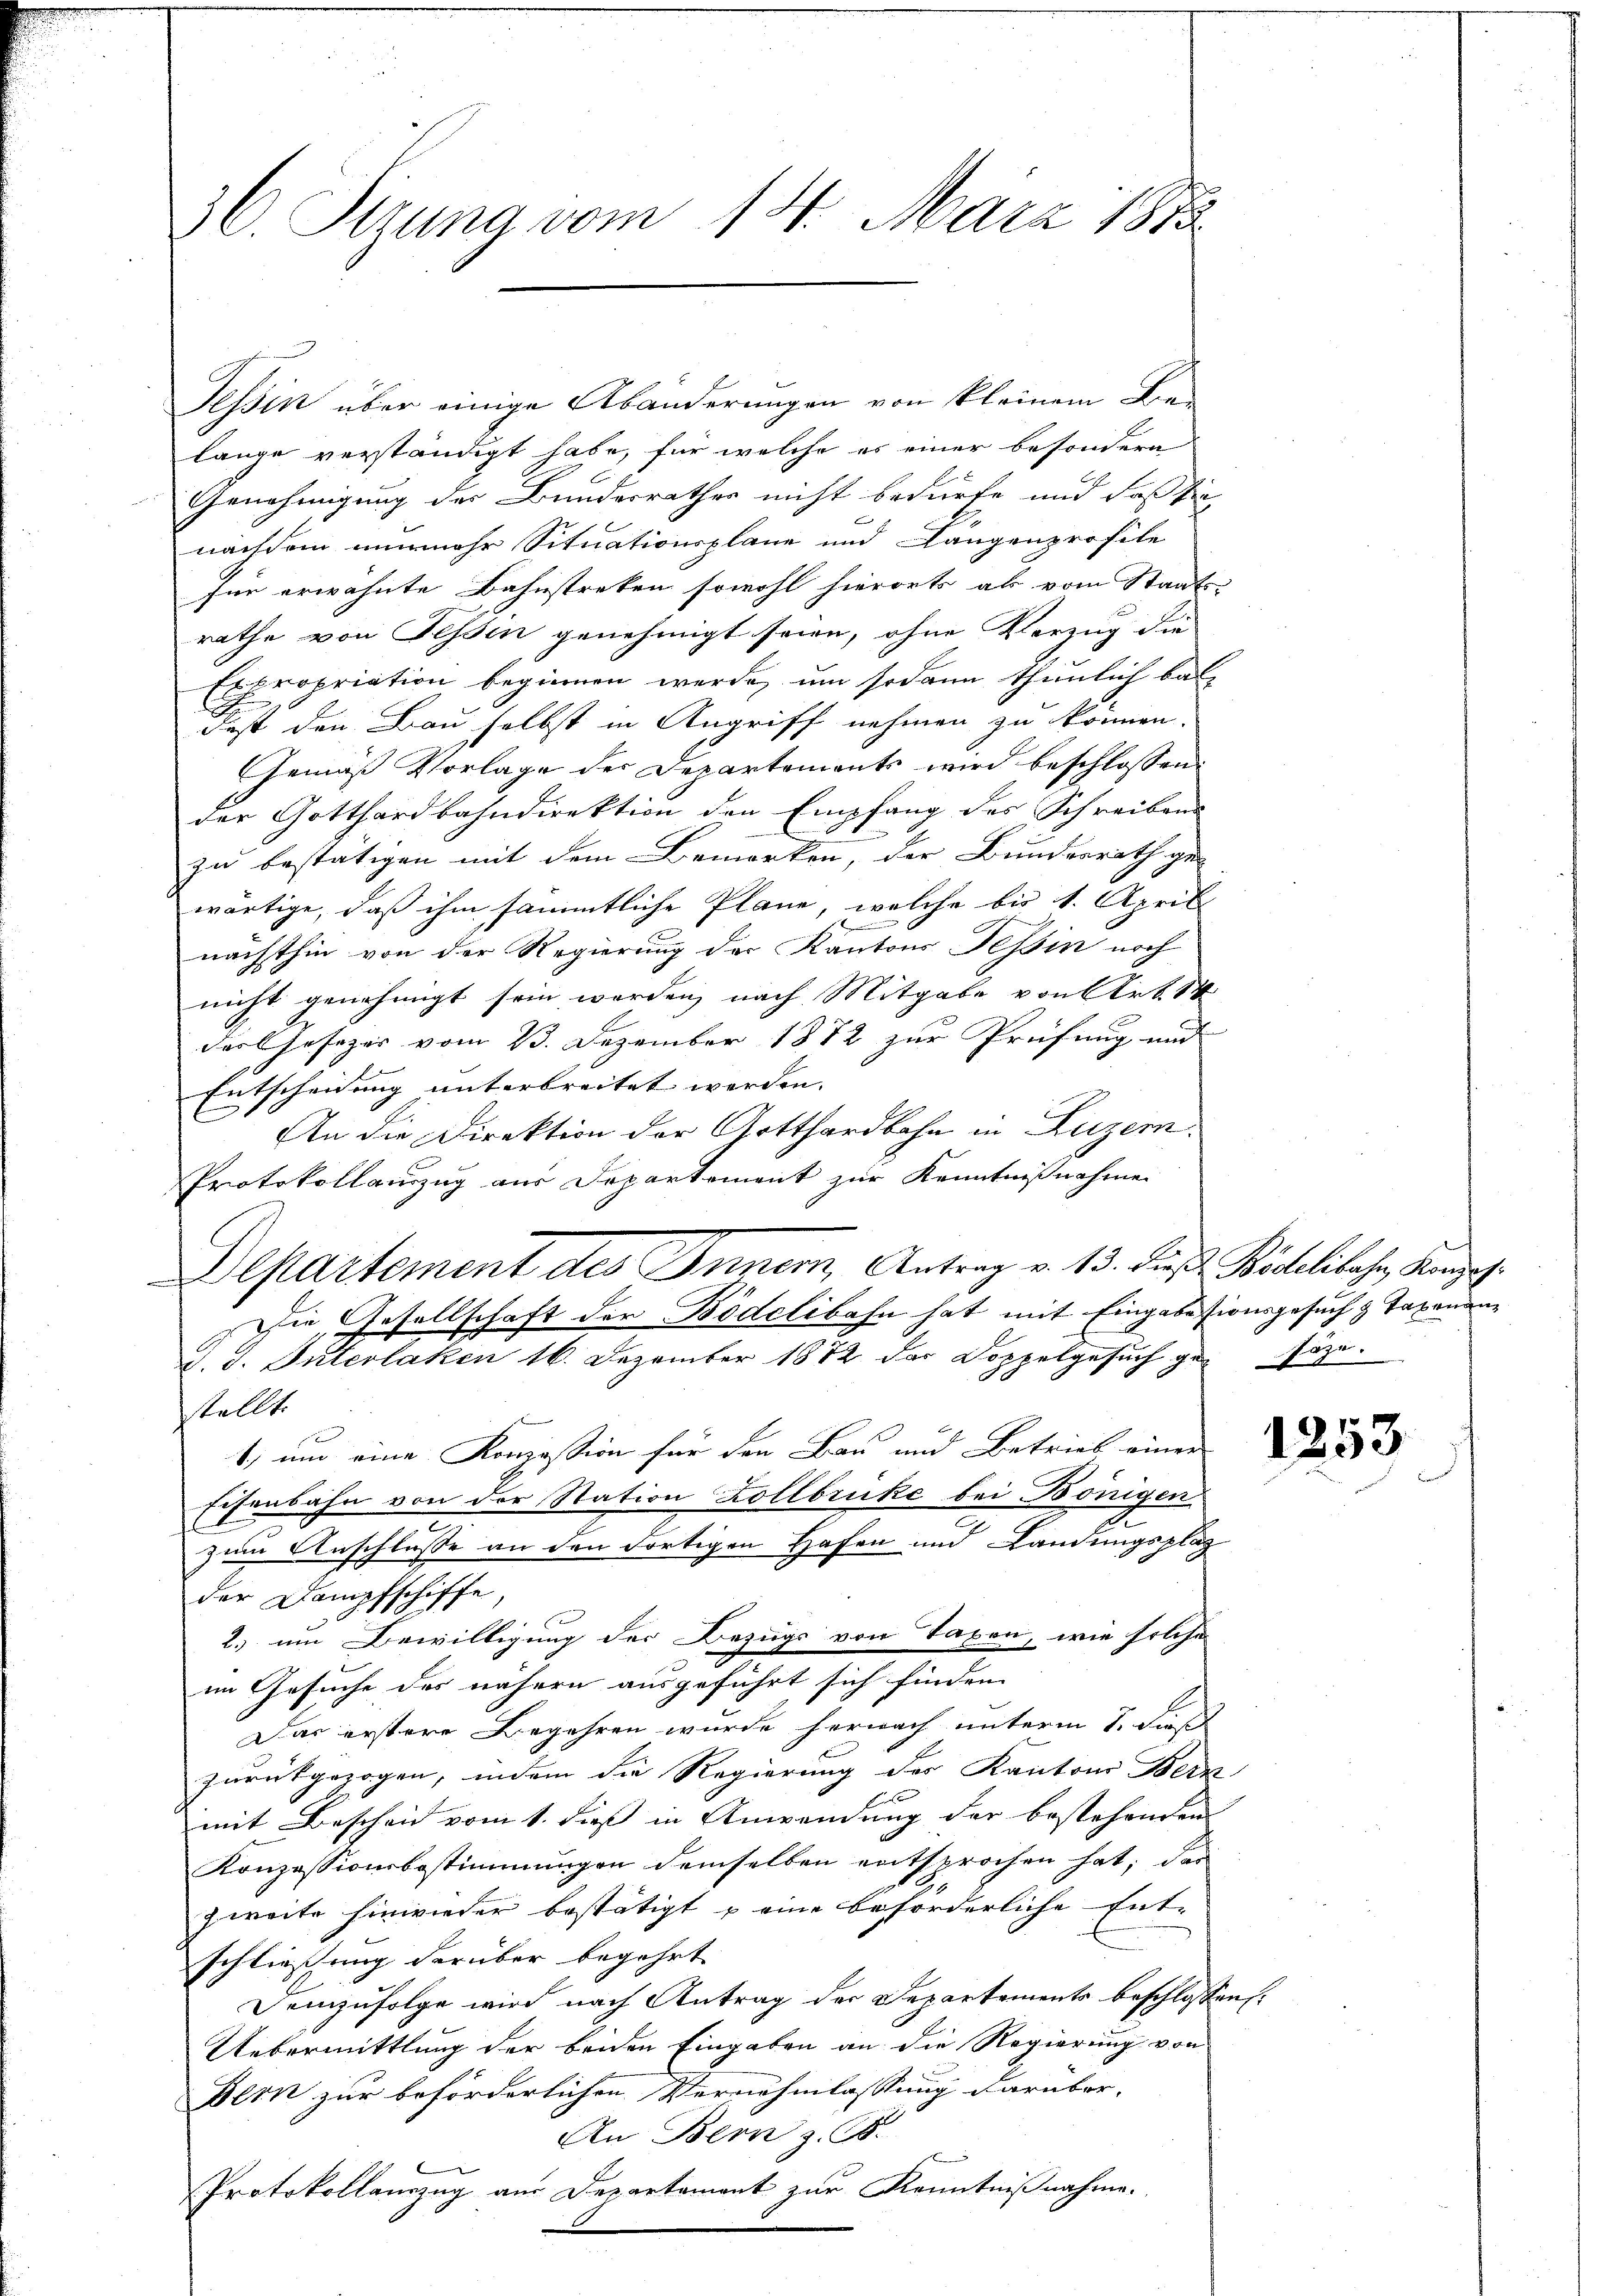
36. Sizung vom 14. März 1873.

Tessin über einige Abänderungen von kleinem Be-
lange verständigt habe, für welche es einer besondern
Genehmigung der Bundesrathes nicht bedürfe und daß sie
nachdem nunmehr Situationsplane und Längenprofile
Für erwähnte Bahnstreten sowohl hierorts als vom Staats-
rathe von Fessen genehmigt seien, ohne Vorzug die
Expropriation beginnen werde, um sodann thunlich bal
Fest den Bau selbst in Angriff nehmen zu können.
Gemäß Vorlage der Departements wird beschlossen:
der Gotthardbahndirektion den Empfang des Schreibens
zu bestätigen mit dem Bemerken, der Bundesrath ge-
wärtige, daß ihm sämmtliche Pläne, welche bis 1. April
nächsthin von der Regierung der Kantons Tessin noch
nicht genehmigt sein werden, nach Mitgabe von Art. 1
darl Hesizer vom 23. Dezember 1872 zur Prüfung und
Entscheidung unterbreitet werden. |
An die Direktion der Gotthardbahn in Luzern.
Protokollauzug aus Departement zur Kenntnißnahme
Die Gesellschaft der Bidelibahn hat mit Eingabesionsgesuch & Taxenan¬
J. J. Interlaken 16. Dezember 1872 der Doppelgesuch gesözesstellt.
1) und eine Konzession für den Bau und Betrieb einer
Eisenbahn von der Station Zollbruke bei Bönigen
zum Anschlusse an den dortigen Hafen und Landungsplag
der Dampfschiffe,
2.) um Bewilligung der Bezugs von Taxen, wie solche
im Gesuche des nähern ausgeführt sich finden
Das erstere Begehren wurde hernach unterm 1. Fis
zurückgezogen, indem die Regierung des Kantons Berz
mit Bescheid vom 1. dieß in Anwendung der bestehenden
Konzessionsbestimmungen demselben entsprochen hat; das
zweite hinwieder bestätigt u eine beforderliche Ent-
schliessung darüber begehrt
Demzufolge wird nach Antrag der Departements beschlossen
Uebermittlung der beiden Eingaben an die Regierung von
Bern zur beförderlichen Vernehmlassung darüber-
An Bern z. B.
Protokollauszug aus Departement zur Kenntnißnahme.

Departement des Inner Antrag v. 13. dieß Bidelibahn, Konzes.

n
at

1253